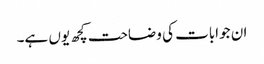
ان جوابات کی وضاحت کچھ یوں ہے۔